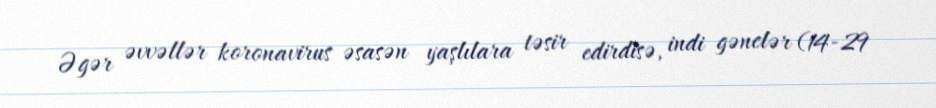
Əgər əvvəllər koronavirus əsasən yaşlılara təsir edirdisə, indi gənclər (14-29